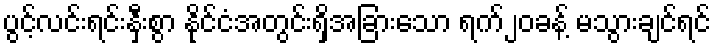
ပွင့်လင်းရင်းနှီးစွာ နိုင်ငံအတွင်းရှိအခြားသော ရက်၂၀ခန့် မသွားချင်ရင်